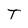
Character: T